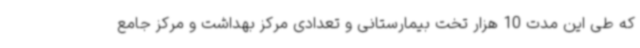
که طی این مدت 10 هزار تخت بیمارستانی و تعدادی مرکز بهداشت و مرکز جامع